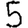
Digit: 5